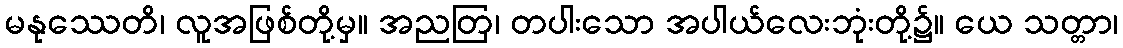
မနုဿေတိ၊ လူအဖြစ်တို့မှ။ အညတြ၊ တပါးသော အပါယ်လေးဘုံးတို့၌။ ယေ သတ္တာ၊